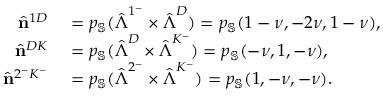
\begin{array} { r l } { \hat { \mathbf { n } } ^ { 1 D } } & { { } = p _ { \mathbb { S } } ( \hat { \boldsymbol { \Lambda } } ^ { 1 ^ { - } } \times \hat { \boldsymbol { \Lambda } } ^ { D } ) = p _ { \mathbb { S } } ( 1 - \nu , - 2 \nu , 1 - \nu ) , } \\ { \hat { \mathbf { n } } ^ { D K } } & { { } = p _ { \mathbb { S } } ( \hat { \boldsymbol { \Lambda } } ^ { D } \times \hat { \boldsymbol { \Lambda } } ^ { K ^ { - } } ) = p _ { \mathbb { S } } ( - \nu , 1 , - \nu ) , } \\ { \hat { \mathbf { n } } ^ { 2 ^ { - } K ^ { - } } } & { { } = p _ { \mathbb { S } } ( \hat { \boldsymbol { \Lambda } } ^ { 2 ^ { - } } \times \hat { \boldsymbol { \Lambda } } ^ { K ^ { - } } ) = p _ { \mathbb { S } } ( 1 , - \nu , - \nu ) . } \end{array}